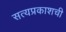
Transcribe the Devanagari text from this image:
सत्यप्रकाशची